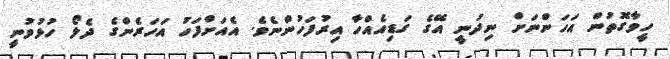
ހީވާގޮތުން އަހަންނަށް ނިދުނީ އޭގެ ގަޑިއެއްހާ އިރުފަހުންނެވެ. އެއަށްފަހު އަހަރެންގެ ދެލޯ ހުޅުވުނީ